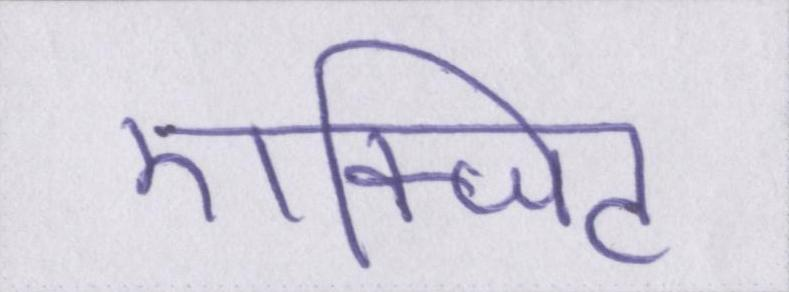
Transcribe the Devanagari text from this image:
एक्जिट